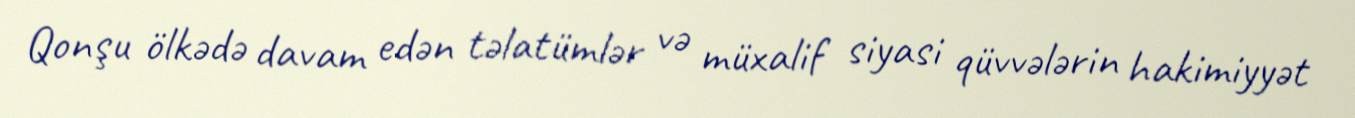
Qonşu ölkədə davam edən təlatümlər və müxalif siyasi qüvvələrin hakimiyyət